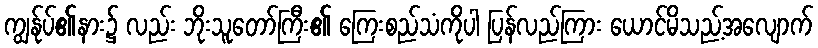
ကျွန်ုပ်၏နား၌ လည်း ဘိုးသူတော်ကြီး၏ ကြေးစည်သံကိုပါ ပြန်လည်ကြား ယောင်မိသည့်အလျောက်